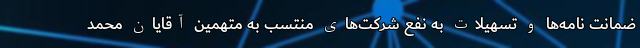
ضمانت نامه‌ها و تسهیلات به نفع شرکت‌های منتسب به متهمین آقایان محمد